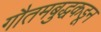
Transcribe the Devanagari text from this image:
गौतमबुद्धकडून